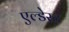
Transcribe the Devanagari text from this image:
एल्डेस्ट